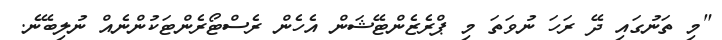
"މި ތަނުގައި ދޭ ރަހަ ނުވަތަ މި ޕްރެޒެންޓޭޝަން އެހެން ރެސްޓޯރެންޓަކުންނެއް ނުލިބޭނެ.